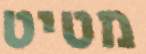
מטיט